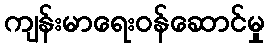
ကျန်းမာရေးဝန်ဆောင်မှု